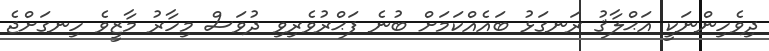
ދިވެހިންނަކީ އަޙްލާޤު ރަނގަޅު ބައެއްކަމަށް ބުނެ ފަޙްރުވެރިވި ދުވަސް މިހާރު މާޒީވެ ހިނގަށްޖެ